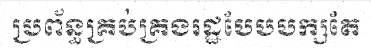
ប្រព័ន្ធគ្រប់គ្រងរដ្ឋបែបបក្សតែ